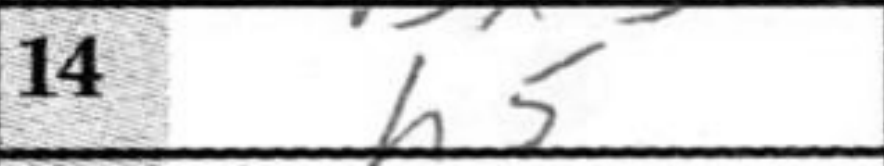
Transcription: h5